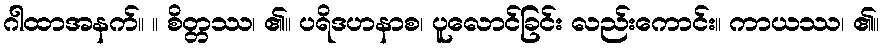
ဂါထာအနက်။ ။ စိတ္တဿ၊ ၏။ ပရိဒဟနာစ၊ ပူလောင်ခြင်း လည်းကောင်း။ ကာယဿ၊ ၏။